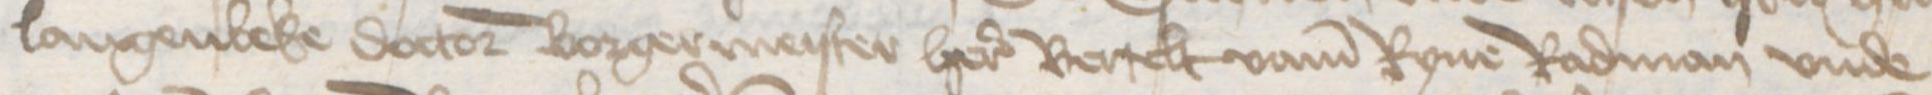
Langenbeke doctor borgermeister here Bertelt vame Ryne Radman vnde